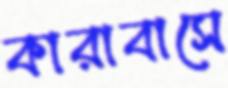
কারাবাসে